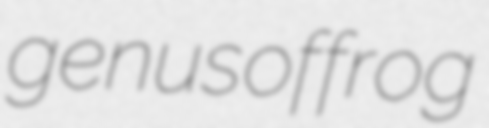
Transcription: genus of frog